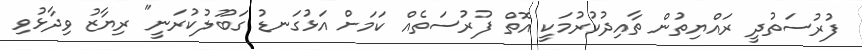
ފުރުސަތުދީ ރައްޔިތުން ތާއިދުކުރުމަކީ އޮތް ފުރުސަތެއް ކަމަށް އަޅުގަނޑު ގަބޫލުކުރަނީ" ރިޔާޒު ވިދާޅުވި